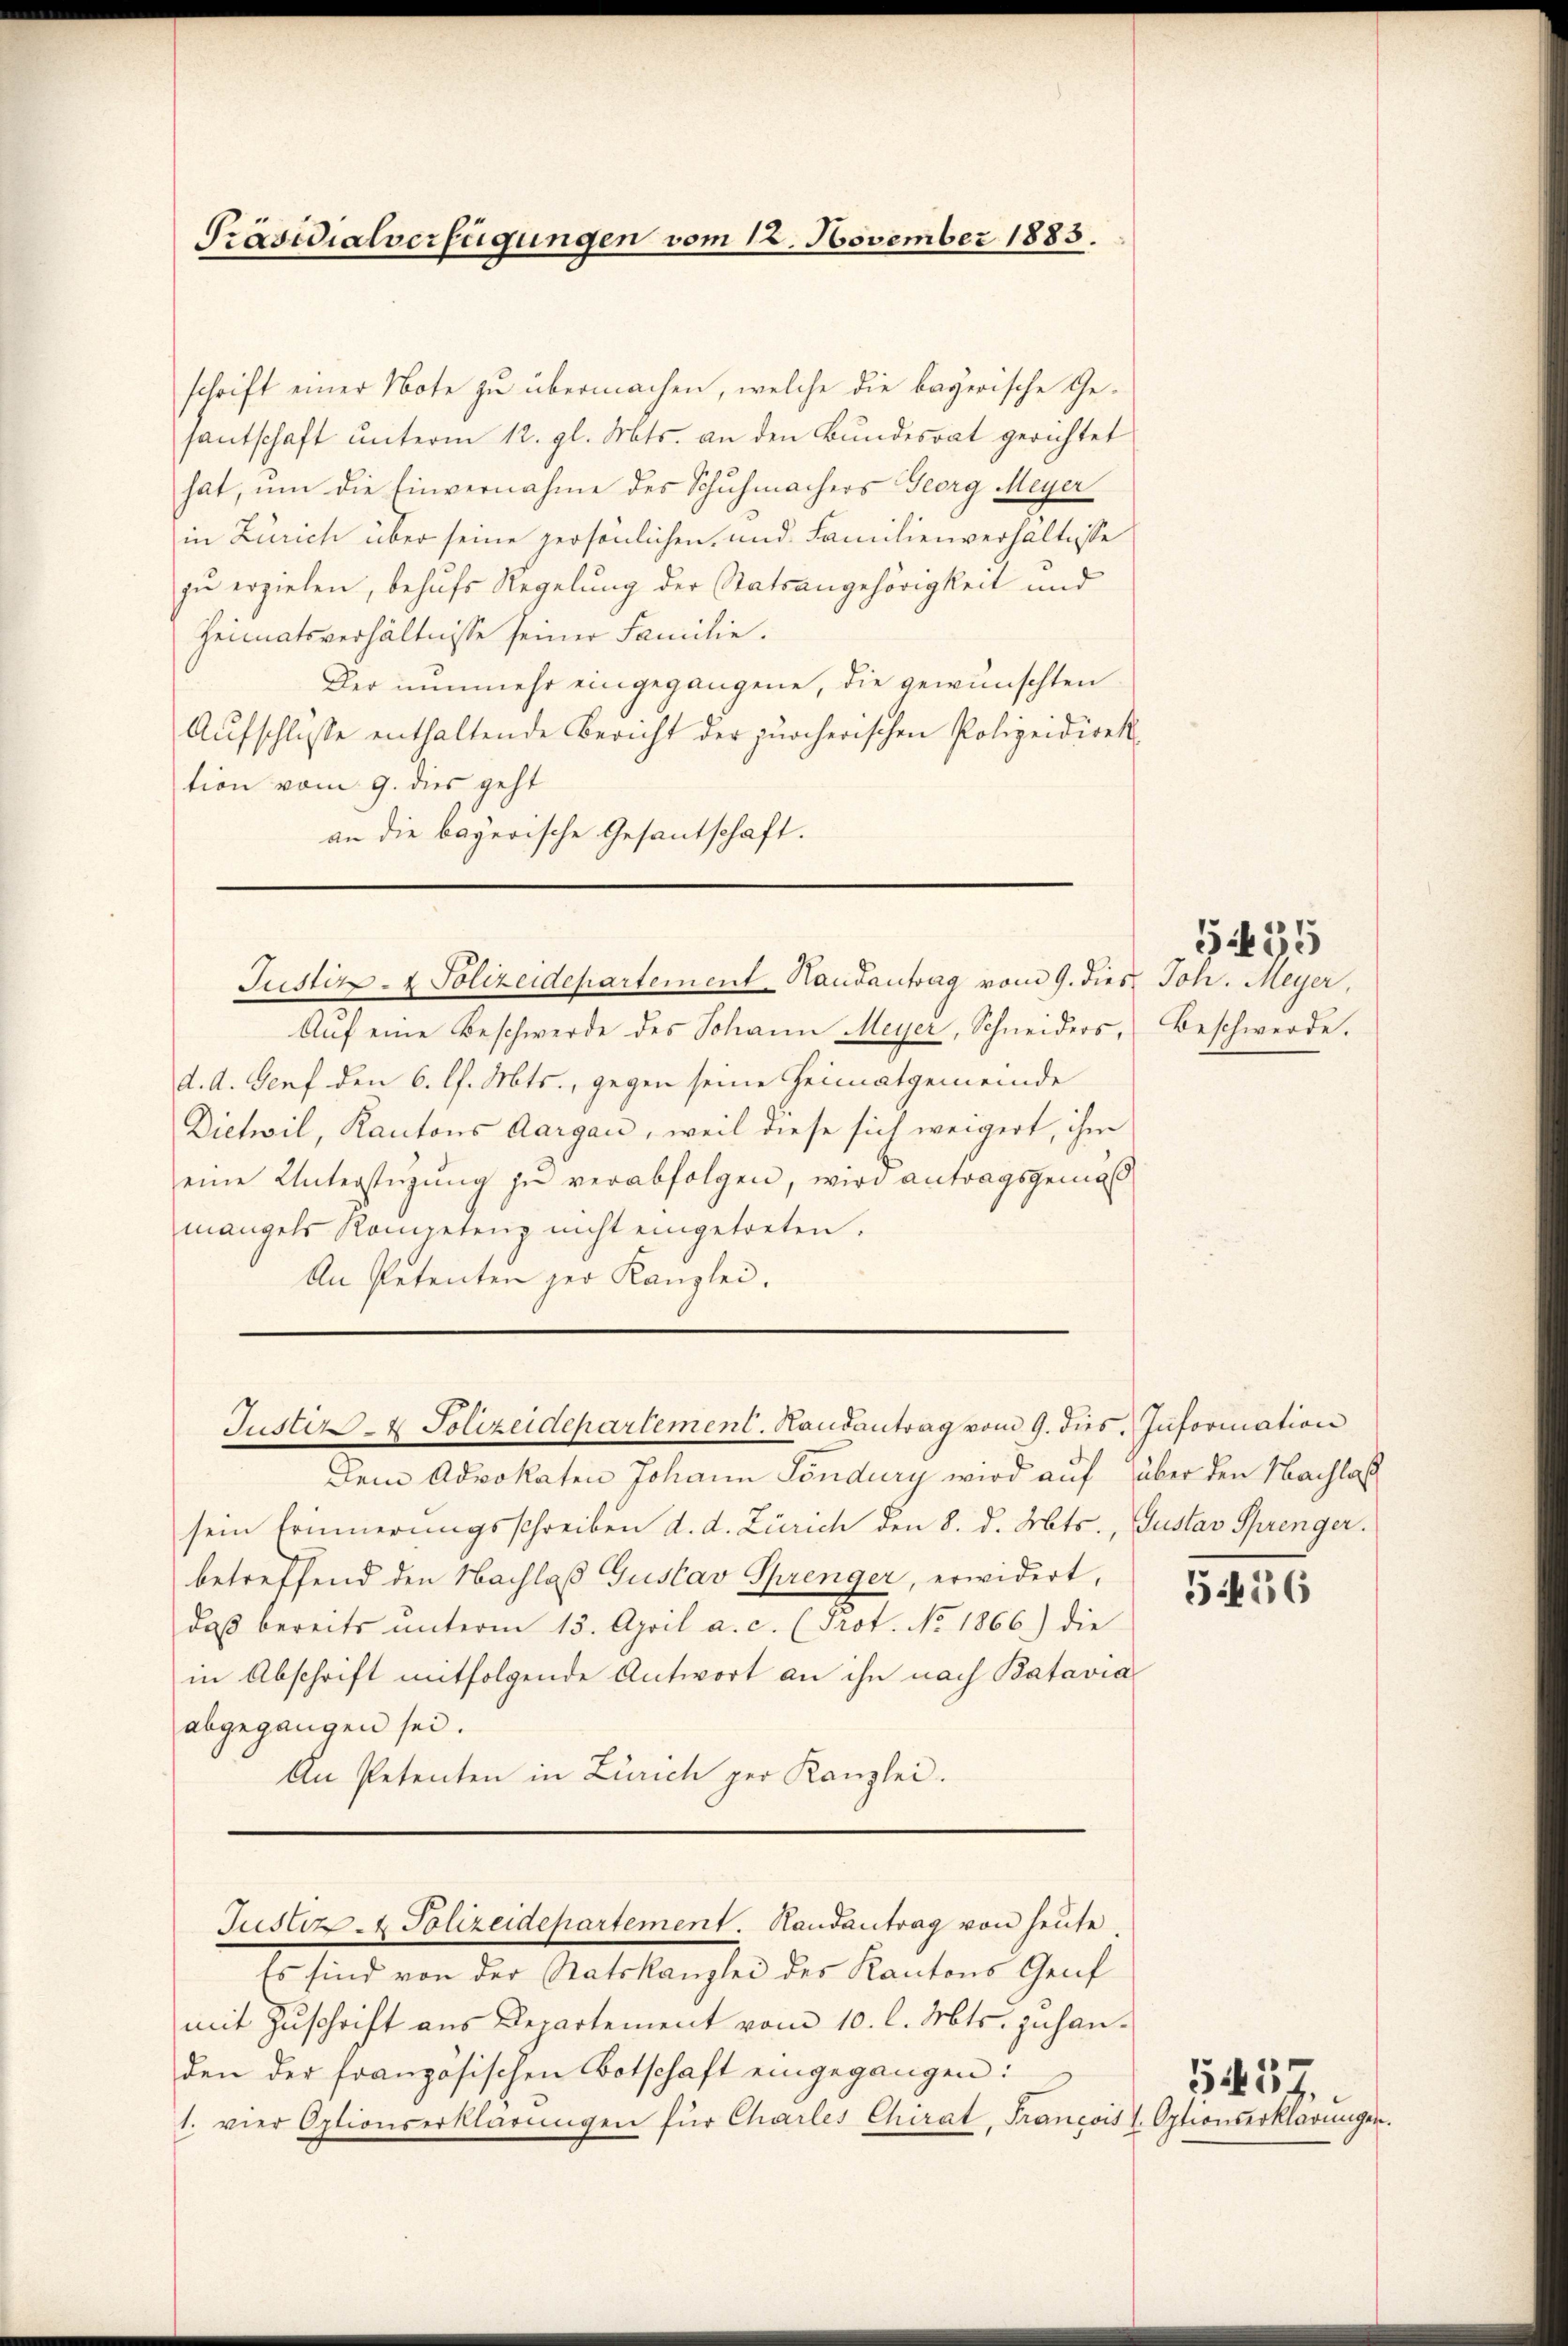
Präsidialverfügungen vom 12. November 1883.

schrift einer Note zu übermachen, welche die bayerische Gesantschaft unterm 12. gl. Mts. an den Bundesrat gerichtet
hat, um die Einvernahme des Schuhmachers Georg Meyer
in Zürich über seine persönlichen und Familienverhältnisse
zu erziehen, behufs Regelung der Statsangehörigkeit und
Heimatsverhältnisse seiner Familie.
Der nunmehr eingegangene, die gewünschten
Aŭfschlüsse enthaltende Bericht der zürcherischen Polizeidirek
tion vom 9. dies geht
an die bayerische Gesantschaft.

Justiz- & Polizeidepartement Hausantrag vom 9. dies Joh. Meyer,

Auf eine Beschwerde des Johann Meyer, Schneiders,
d. d. Genf den 6. l. Mts., gegen seine Heimatgemeinde
Dietwil, Kantons Aargau, weil diese sich weigert, ihm
eine Unterstüzung zu verabfolgen, wird antragsgemäß
mangels Kompetenz nicht eingetreten.
An Petenten der Kanzlei.

Justiz & Polizeidepartement. Handantrag vom 9. dies. Information

Dem Advokaten Johann Pöndury wird auf über den Nachlaß
sein Erinnerungsschreiben d. d. Zürich den 8. d. Mts., Gustav Sprenger.
betreffend den Nachlaß Gustav Sprenger, erwidert,
daß bereits ŭnterm 15. April a. c. (Prot. No. 1866.) die
in Abschrift mitfolgende Antwort an ihn nach Batavia
abgegangen sei.
An Petenten in Zürich per Kanzlei.

Justiz- & Polizeidehartement. Randantrag von heute.

Es sind von der Ratskanzlei des Kantons Genf
mit Zŭschrift ans Departement vom 10. l. Mts. zuhan-
den der französischen Botschaft eingegangen:
1. vier Optionserklärungen für Charles Chirat, François l. Optionserklärungen.

Beschwerde.

5435

G656

557.